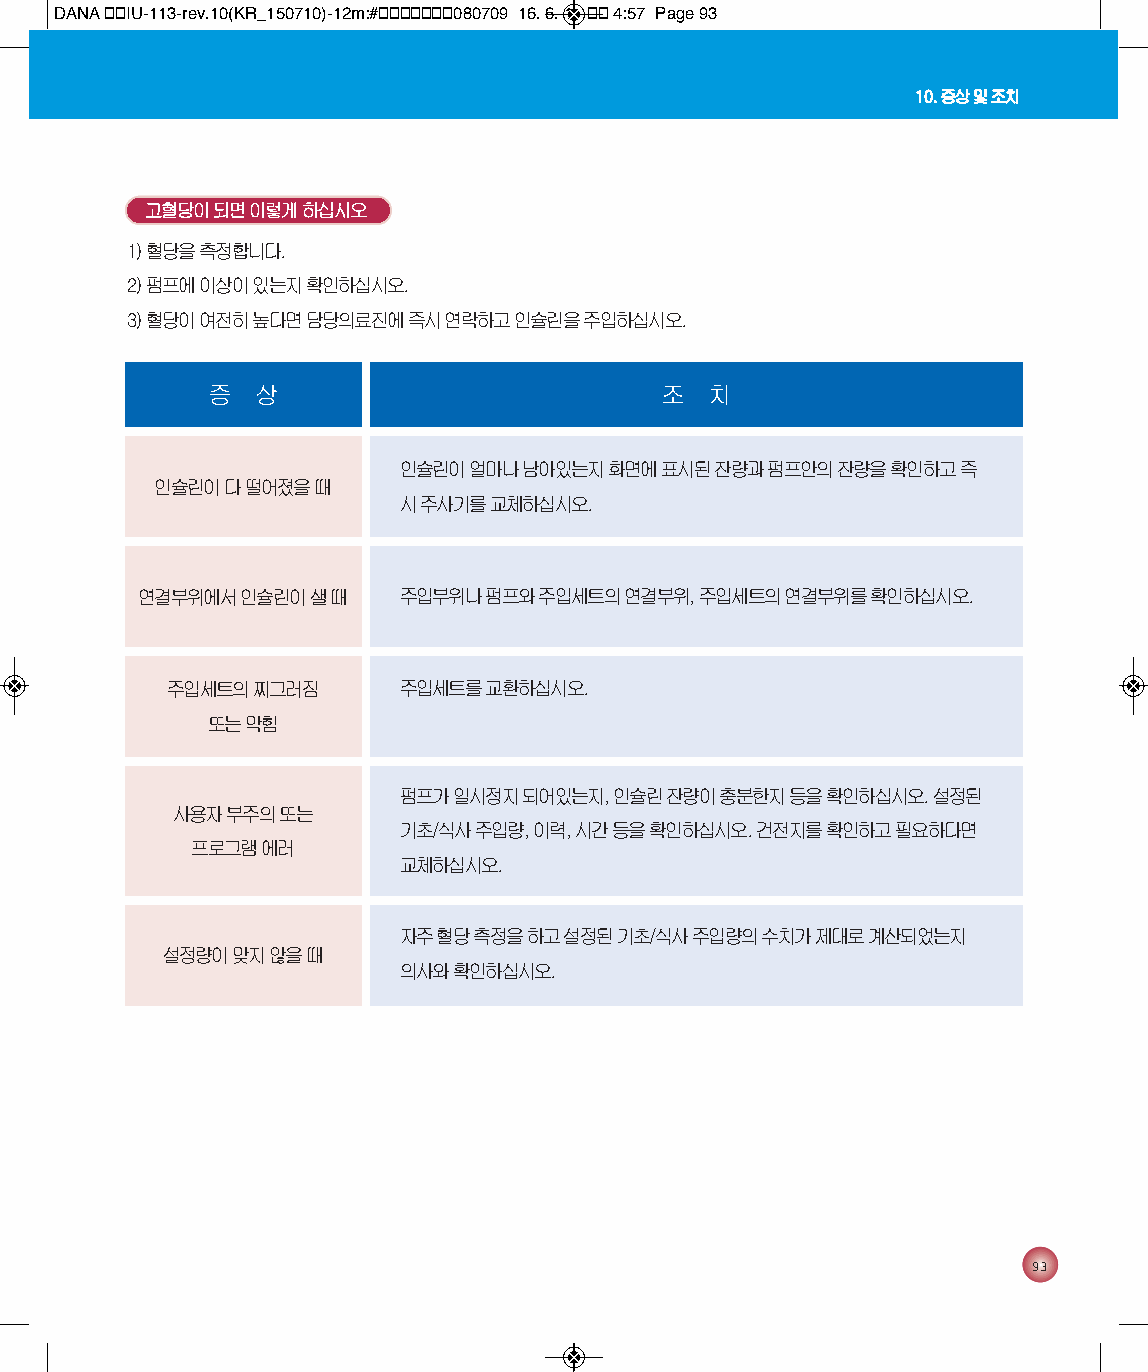
DANA 통통IU-113-rev.10(KR_150710)-12m:#통통통통통통통080709 16. 6. 1. 통통 4:57 Page 93
 10. 증상 및 조치
 고혈당이 되면 이렇게 하십시오
 1) 혈당을 측정합니다.
 2) 펌프에 이상이 있는지 확인하십시오.
 3) 혈당이 여전히 높다면 담당의료진에 즉시 연락하고 인슐린을 주입하십시오.
 증  상                          조  치
 인슐린이 얼마나 남아있는지 화면에 표시된 잔량과 펌프안의 잔량을 확인하고 즉
 인슐린이 다 떨어졌을 때
 시 주사기를 교체하십시오.
 연결부위에서 인슐린이 샐 때  주입부위나 펌프와 주입세트의 연결부위, 주입세트의 연결부위를 확인하십시오.
 주입세트의 찌그러짐     주입세트를 교환하십시오.
 또는 막힘
 펌프가 일시정지 되어있는지, 인슐린 잔량이 충분한지 등을 확인하십시오. 설정된
 사용자 부주의 또는
 기초/식사 주입량, 이력, 시간 등을 확인하십시오. 건전지를 확인하고 필요하다면
 프로그램 에러
 교체하십시오.
 자주 혈당 측정을 하고 설정된 기초/식사 주입량의 수치가 제대로 계산되었는지
 설정량이 맞지 않을 때
 의사와 확인하십시오.
 93